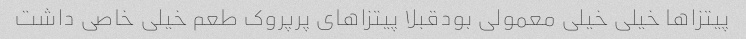
پیتزاها خیلی خیلی معمولی بودقبلا پیتزاهای پرپروک طعم خیلی خاصی داشت